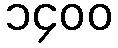
၁၄၀၀